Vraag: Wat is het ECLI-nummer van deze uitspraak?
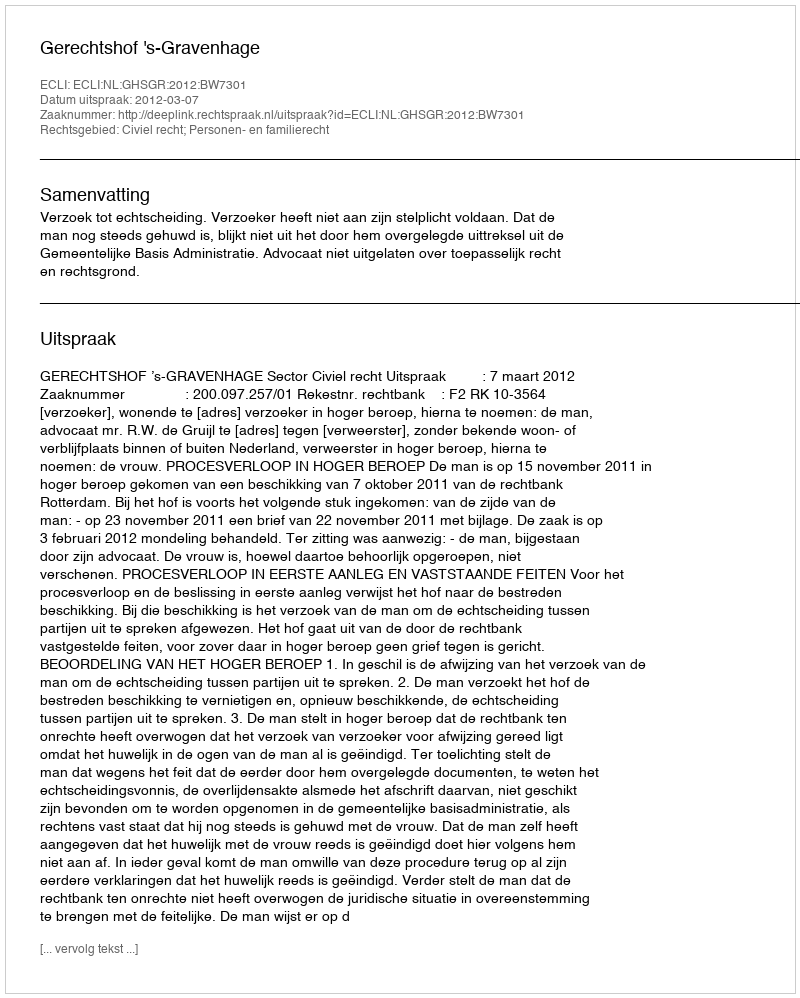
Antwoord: ECLI:NL:GHSGR:2012:BW7301